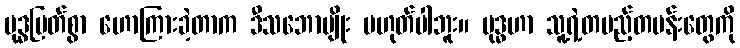
ဗုဒ္ဓမြတ်စွာ ဟောကြားခဲ့တာက ဒီသဘောမျိုး မဟုတ်ပါဘူး။ ဗုဒ္ဓဟာ သူ့ရဲ့တပည့်တပန်းတွေကို